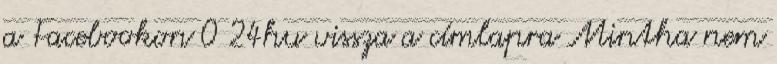
a Facebookon 0 24hu vissza a címlapra Mintha nem